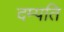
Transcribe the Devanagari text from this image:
दम्‍पति